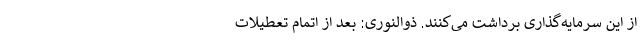
از این سرمایه‌گذاری برداشت ‌می‌کنند. ذوالنوری: بعد از اتمام تعطیلات